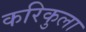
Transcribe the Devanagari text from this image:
करिकुला